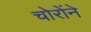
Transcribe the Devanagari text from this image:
चोरोंने